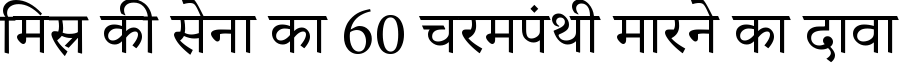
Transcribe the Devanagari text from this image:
मिस्र की सेना का 60 चरमपंथी मारने का दावा